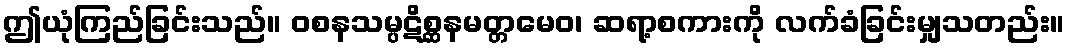
ဤယုံကြည်ခြင်းသည်။ ဝစနသမ္ပဋိစ္ဆနမတ္တမေဝ၊ ဆရာ့စကားကို လက်ခံခြင်းမျှသတည်း။